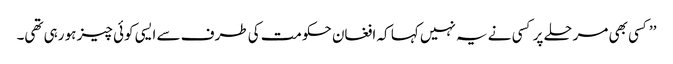
’’کسی بھی مرحلے پر کسی نے یہ نہیں کہا کہ افغان حکومت کی طرف سے ایسی کوئی چیز ہو رہی تھی۔